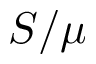
S / \mu